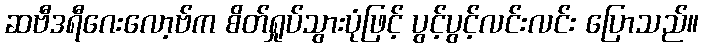
ဆဗီဒရီဂေးလော့ဗ်က စိတ်ရှုပ်သွားပုံဖြင့် ပွင့်ပွင့်လင်းလင်း ပြောသည်။